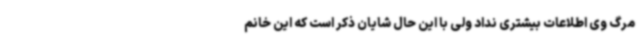
مرگ وی اطلاعات بیشتری نداد ولی با این حال شایان ذکر است که این خانم